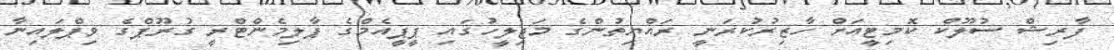
ފާރިޝް ސުލޫކް ކޮމިޓީއަށް ހާޒިރުކުރަނީ ރައްޔިތުންގެ މަޖިލީހުގައި ޕީޕީއެމްގެ ޕާލިމެންޓްރީ ގުރޫޕްގެ ވިޕްލައިނާ